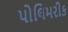
પોલિમરીક